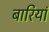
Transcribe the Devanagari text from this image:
बारियां